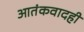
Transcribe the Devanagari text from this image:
आतंकवादही